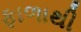
ફાળાથી